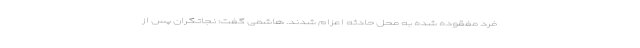
فرد مفقوده شده به محل حادثه اعزام شدند. هاشمی گفت: نجاتگران پس از